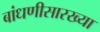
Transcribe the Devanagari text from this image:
बांधणीसारख्या